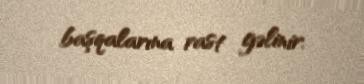
başqalarına rast gəlinir.